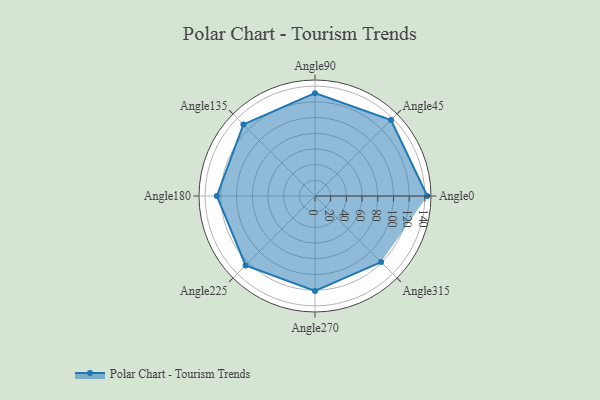
{"axis": {"x": "Angle", "y": "Radius"}, "legend": [""], "data": [{"x": "Angle0", "y": 143.0, "type": ""}, {"x": "Angle45", "y": 137.0, "type": ""}, {"x": "Angle90", "y": 131.0, "type": ""}, {"x": "Angle135", "y": 129.0, "type": ""}, {"x": "Angle180", "y": 125.0, "type": ""}, {"x": "Angle225", "y": 125.0, "type": ""}, {"x": "Angle270", "y": 121.0, "type": ""}, {"x": "Angle315", "y": 119.0, "type": ""}]}